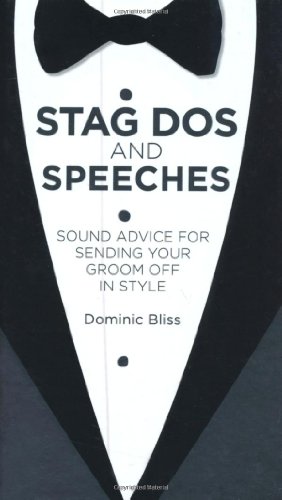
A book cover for Bachelor Parties and Best Man Speeches; Dominic Bliss; Crafts, Hobbies & Home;